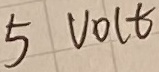
Text: 5VOLT